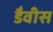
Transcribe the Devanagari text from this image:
डैवीस